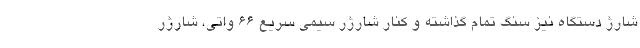
شارژ دستگاه نیز سنگ تمام گذاشته و کنار شارژر سیمی سریع 66 واتی، شارژر